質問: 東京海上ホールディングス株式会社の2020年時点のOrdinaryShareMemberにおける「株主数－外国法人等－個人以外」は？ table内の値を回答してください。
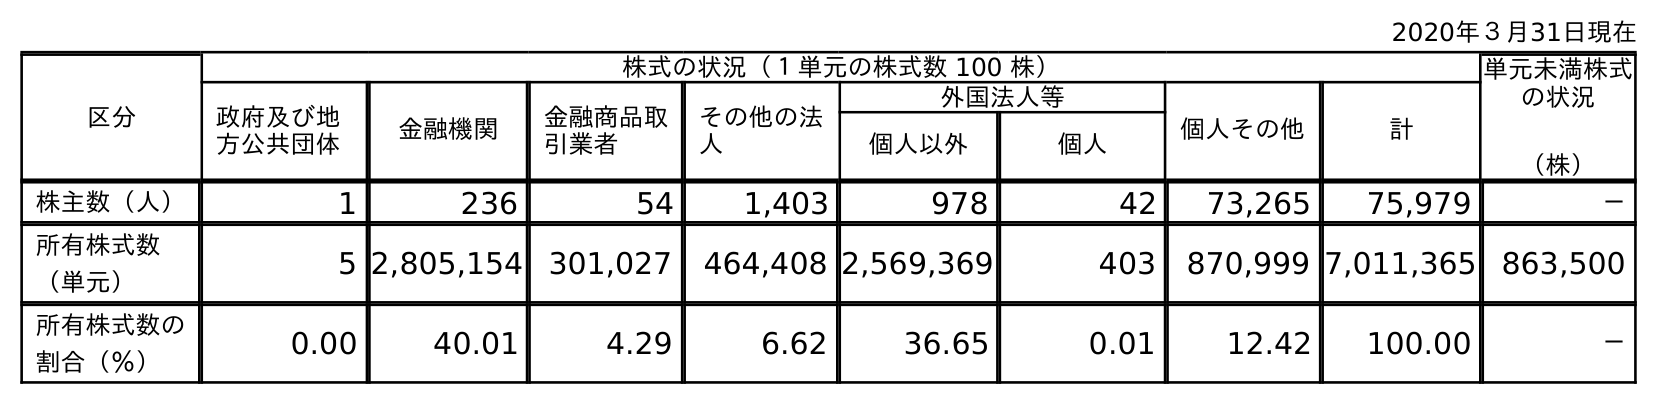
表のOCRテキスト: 2020年３月31日現在 区分 株式の状況（１単元の株式数 100 株） 単元未満株式 の状況 （株） 政府及び地 方公共団体 金融機関 金融商品取 引業者 その他の法 人 外国法人等 個人その他 計 個人以外 個人 株主数（人） 1 236 54 1,403 978 42 73,265 75,979 － 所有株式数 （単元） 5 2,805,154 301,027 464,408 2,569,369 403 870,999 7,011,365 863,500 所有株式数の 割合（％） 0.00 40.01 4.29 6.62 36.65 0.01 12.42 100.00 －
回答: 978